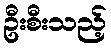
ဦးစီးသည့်